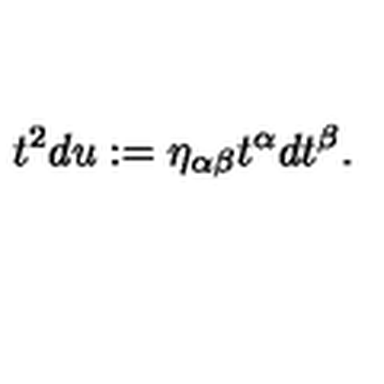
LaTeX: t ^ { 2 } d u : = \eta _ { \alpha \beta } t ^ { \alpha } d t ^ { \beta } .